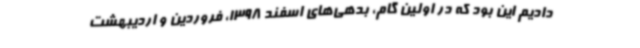
دادیم این بود که در اولین گام، بدهی‌های اسفند 1398، فروردین و اردیبهشت